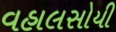
વહાલસોયી